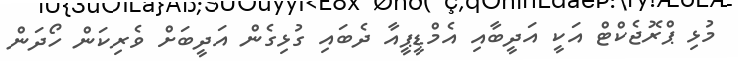
މުޅި ޕްރޮޖެކްޓް އަކީ އަދީބާއި އެމްޑީޕީއާ ދެބައި ގުޅިގެން އަދީބަށް ވެރިކަން ހޯދަން